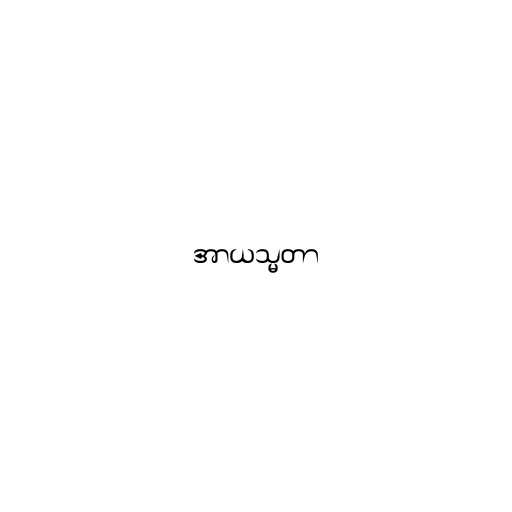
အာယသ္မတာ